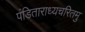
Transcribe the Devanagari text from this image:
पंडिताराध्यचरितमु